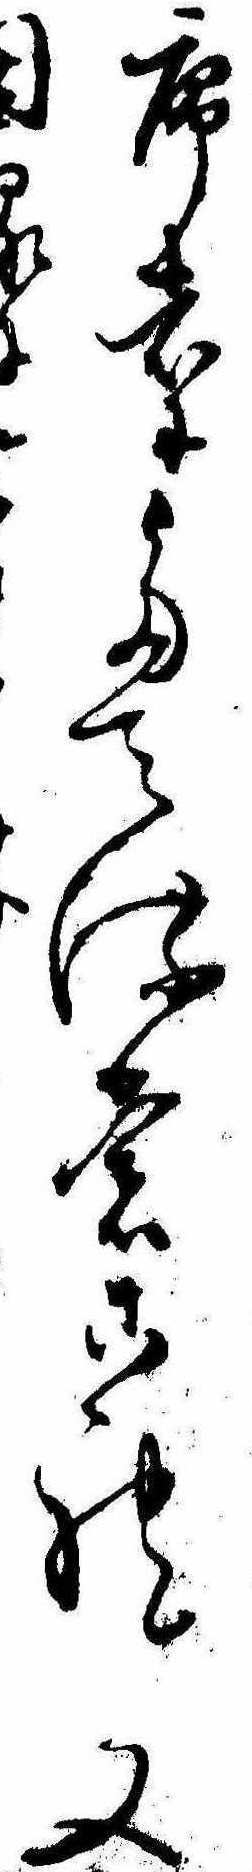
序者にたてるもこれ又に